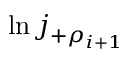
\ln j _ { + \rho _ { i + 1 } }